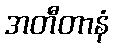
အတီတာနံ